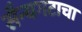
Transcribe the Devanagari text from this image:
सैन्यगटाचा